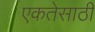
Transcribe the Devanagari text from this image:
एकतेसाठी